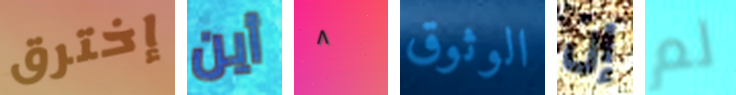
إخترق أين ٨ الوثوق إن لم